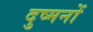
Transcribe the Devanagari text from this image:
दुष्मनों